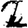
Digit: 2